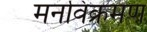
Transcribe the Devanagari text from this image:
मनविक्रमण